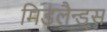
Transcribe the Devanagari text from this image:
मिडलैन्ड्स